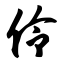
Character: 伶